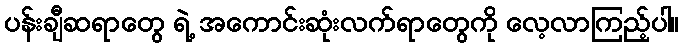
ပန်းချီဆရာတွေ ရဲ့ အကောင်းဆုံးလက်ရာတွေကို လေ့လာကြည့်ပါ။